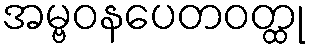
အမ္ဗဝနပေတဝတ္ထု